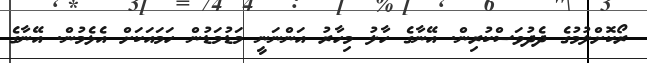
ރޯކޮށްލުމުގެ ދެދުވަސްކުރިން. އޭނާގެ ހާލު މިހާރު އަންނަނީ މަޑުމަޑުން ހަމައަަކަށް އެޅެމުން. އޭނާގެ